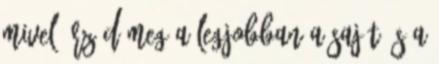
Mivel őrzöd meg a legjobban a saját ÉS a